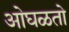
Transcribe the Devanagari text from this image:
ओघळतो